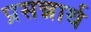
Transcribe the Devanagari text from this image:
प्रसन्नार्थ